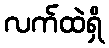
လက်ထဲရှိ